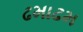
ઢમાઢમ